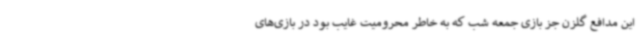
این مدافع گلزن جز بازی جمعه شب که به خاطر محرومیت غایب بود در بازی‌های